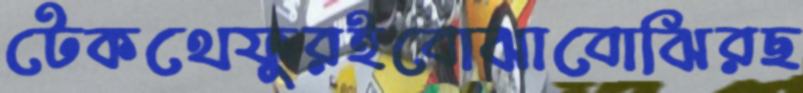
টেকথেফুরইবোঝাবোঝিরছ